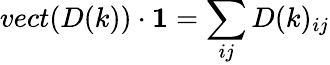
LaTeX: vect(D(k))\cdot\textbf{1}=\sum_{ij}D(k)_{ij}